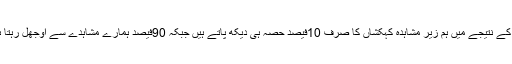
اس کے نتیجے میں ہم زیر مشاہدہ کہکشاں کا صرف 10فیصد حصہ ہی دیکھ پاتے ہیں جبکہ 90فیصد ہمارے مشاہدے سے اوجھل رہتا ہے۔